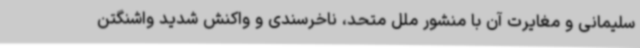
سلیمانی و مغایرت آن با منشور ملل متحد، ناخرسندی و واکنش شدید واشنگتن